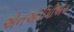
એનએડીપીએચ